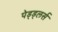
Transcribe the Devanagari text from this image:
पेड्ड्लर्स